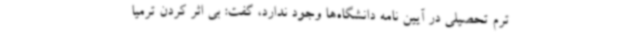
ترم تحصیلی در آیین نامه دانشگاه‌ها وجود ندارد، گفت: بی اثر کردن ترمیا